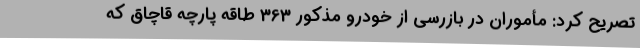
تصریح کرد: مأموران در بازرسی از خودرو مذکور 363 طاقه پارچه قاچاق که